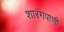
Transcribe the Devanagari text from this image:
शारंगपाणी